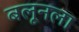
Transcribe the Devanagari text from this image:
बलूनला